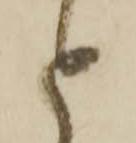
と